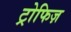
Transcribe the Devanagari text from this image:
ट्रोफिज़